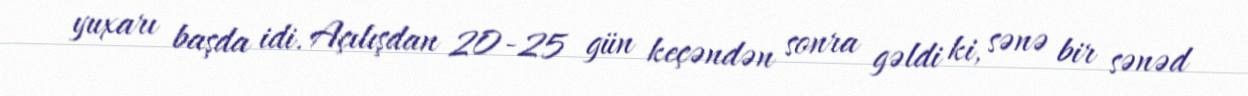
yuxarı başda idi. Açılışdan 20-25 gün keçəndən sonra gəldi ki, sənə bir sənəd